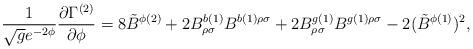
LaTeX: \begin{align*}\frac{1}{\sqrt{g} e^{-2 \phi}} \frac{ \partial \Gamma^{(2)}}{\partial \phi}= 8 {\tilde{B}}^{\phi(2)} + 2 B^{b(1)}_{\rho\sigma}B^{b(1)\rho \sigma} + 2B^{g(1)}_{\rho\sigma}B^{g(1)\rho \sigma} - 2({\tilde{B}}^{\phi(1)} )^{2},\end{align*}